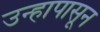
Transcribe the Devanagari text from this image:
उन्हापासून